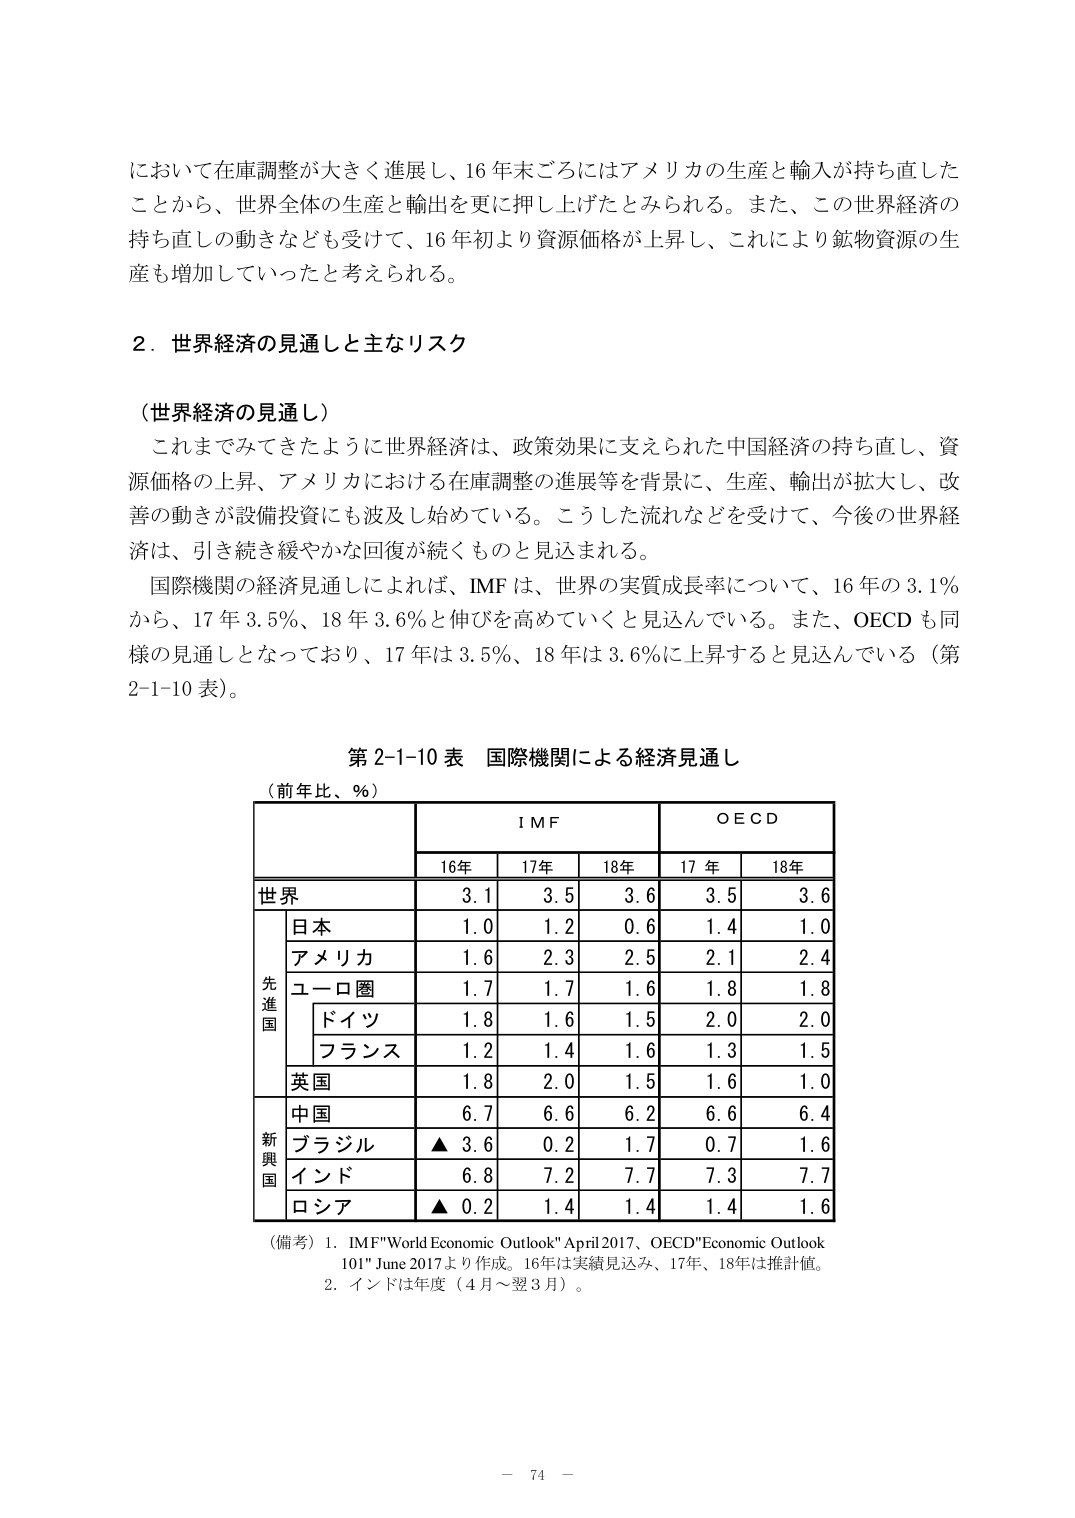
において在庫調整が大きく進展し、16年末ごろにはアメリカの生産と輸入が持ち直したことから、世界全体の生産と輸出を更に押し上げたとみられる。また、この世界経済の持ち直しの動きなども受けて、16年初より資源価格が上昇し、これにより鉱物資源の生産も増加していったと考えられる。

2．世界経済の見通しと主なリスク

（世界経済の見通し）
これまでみてきたように世界経済は、政策効果に支えられた中国経済の持ち直し、資源価格の上昇、アメリカにおける在庫調整の進展等を背景に、生産、輸出が拡大し、改善の動きが設備投資にも波及し始めている。こうした流れなどを受けて、今後の世界経済は、引き続き緩やかな回復が続くものと見込まれる。
国際機関の経済見通しによれば、IMFは、世界の実質成長率について、16年の3.1％から、17年3.5％、18年3.6％と伸びを高めていくと見込んでいる。また、OECDも同様の見通しとなっており、17年は3.5％、18年は3.6％に上昇すると見込んでいる（第2-1-10表）。

第2-1-10表 国際機関による経済見通し
（前年比、％）

　　　　　　　　　　　　　　ＩＭＦ　　　　　　　　ＯＥＣＤ
　　　　　　　　　　16年　　17年　　18年　　　17年　　18年
世界　　　　　　　　3.1　　3.5　　3.6　　　3.5　　3.6
　　　日本　　　　　　1.0　　1.2　　0.6　　　1.4　　1.0
　　　アメリカ　　　　1.6　　2.3　　2.5　　　2.1　　2.4
先進国　　　　ユーロ圏　　　1.7　　1.7　　1.6　　　1.8　　1.8
　　　　　　　　ドイツ　　　1.8　　1.6　　1.5　　　2.0　　2.0
　　　　　　　　フランス　　1.2　　1.4　　1.6　　　1.3　　1.5
　　　英国　　　　　　1.8　　2.0　　1.5　　　1.6　　1.0
　　　中国　　　　　　6.7　　6.6　　6.2　　　6.6　　6.4
新興国　　　　ブラジル　　▲3.6　　0.2　　1.7　　　0.7　　1.6
　　　　　　　　インド　　　6.8　　7.2　　7.7　　　7.3　　7.7
　　　　　　　　ロシア　　▲0.2　　1.4　　1.4　　　1.4　　1.6

（備考）1．IMF"World Economic Outlook" April 2017、OECD"Economic Outlook 101" June 2017より作成。16年は実績見込み、17年、18年は推計値。
　　　　2．インドは年度（4月～翌3月）。

－ 74 －